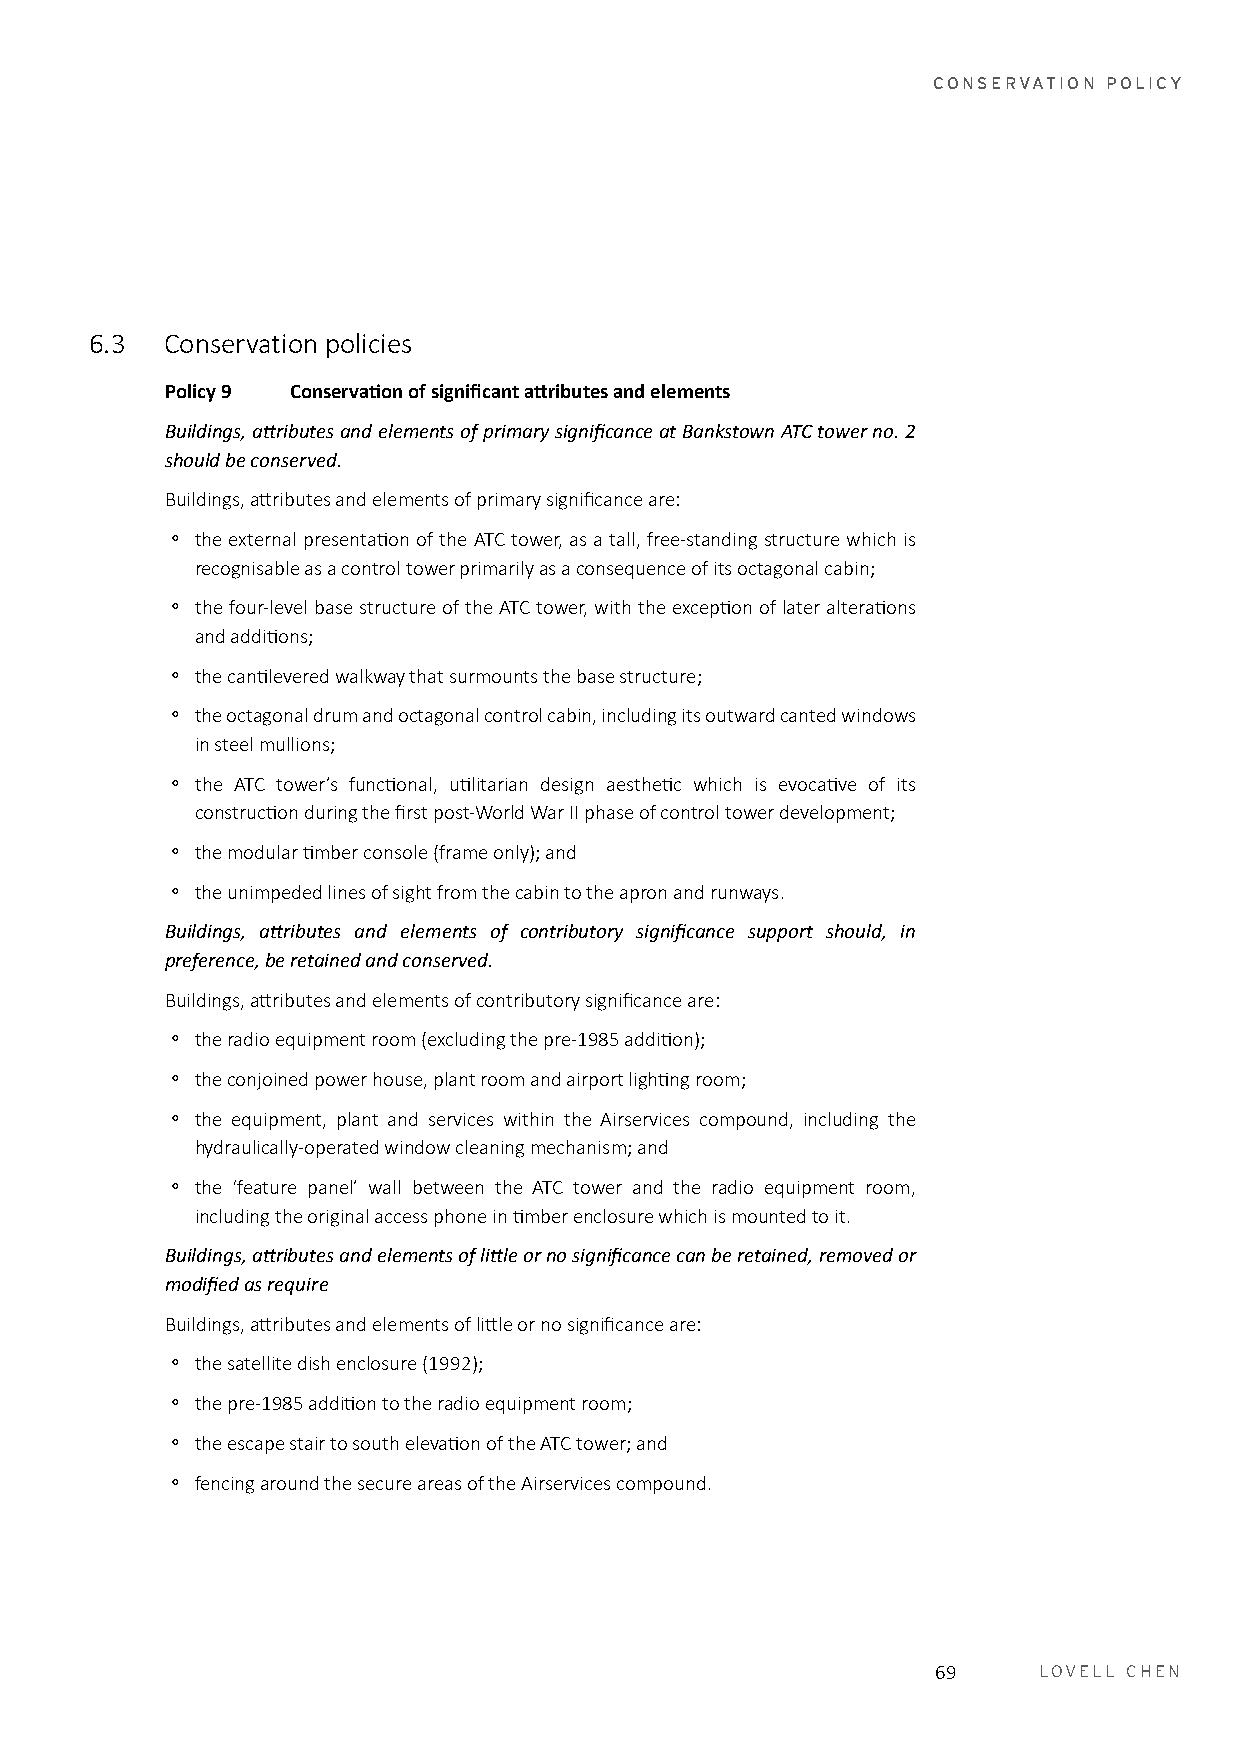
CONSERVATION POLICY
 6.3  Conservation policies
 Policy 9 Conservation of significant attributes and elements
 Buildings, attributes and elements of primary significance at Bankstown ATC tower no. 2
 should be conserved.
 Buildings, attributes and elements of primary significance are:
 。 the external presentation of the ATC tower, as a tall, free-standing structure which is
 recognisable as a control tower primarily as a consequence of its octagonal cabin;
 。 the four-level base structure of the ATC tower, with the exception of later alterations
 and additions;
 。 the cantilevered walkway that surmounts the base structure;
 。 the octagonal drum and octagonal control cabin, including its outward canted windows
 in steel mullions;
 。 the ATC tower’s functional, utilitarian design aesthetic which is evocative of its
 construction during the first post-World War II phase of control tower development;
 。 the modular timber console (frame only); and
 。 the unimpeded lines of sight from the cabin to the apron and runways.
 Buildings, attributes and elements of contributory significance support should, in
 preference, be retained and conserved.
 Buildings, attributes and elements of contributory significance are:
 。 the radio equipment room (excluding the pre-1985 addition);
 。 the conjoined power house, plant room and airport lighting room;
 。 the equipment, plant and services within the Airservices compound, including the
 hydraulically-operated window cleaning mechanism; and
 。 the ‘feature panel’ wall between the ATC tower and the radio equipment room,
 including the original access phone in timber enclosure which is mounted to it.
 Buildings, attributes and elements of little or no significance can be retained, removed or
 modified as require
 Buildings, attributes and elements of little or no significance are:
 。 the satellite dish enclosure (1992);
 。 the pre-1985 addition to the radio equipment room;
 。 the escape stair to south elevation of the ATC tower; and
 。 fencing around the secure areas of the Airservices compound.
 69     LOVELL CHEN